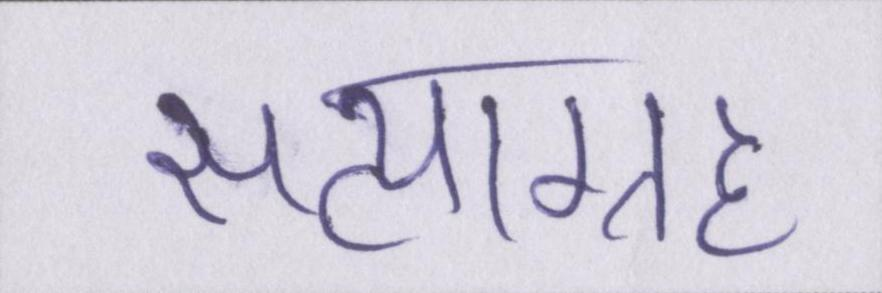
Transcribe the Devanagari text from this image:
सत्याग्रह